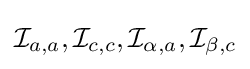
{\mathcal {I}}_{a,a},{\mathcal {I}}_{c,c},{\mathcal {I}}_{\alpha ,a},{\mathcal {I}}_{\beta ,c}